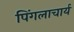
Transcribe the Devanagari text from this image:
पिंगलाचार्य